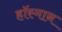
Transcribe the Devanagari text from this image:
हॉस्मान